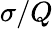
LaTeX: \sigma/Q